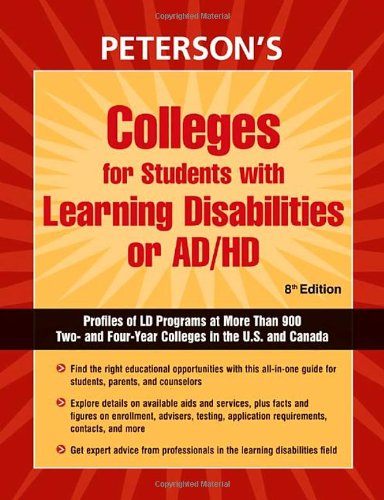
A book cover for Colleges for Students with Learning Disabilities or AD/HD; Peterson's; Education & Teaching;